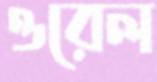
ওরেল